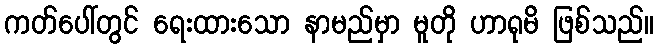
ကတ်ပေါ်တွင် ရေးထားသော နာမည်မှာ မူတို ဟာရုမိ ဖြစ်သည်။